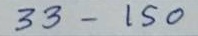
33 - 150